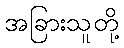
အခြားသူတို့